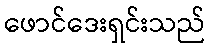
ဖောင်ဒေးရှင်းသည်